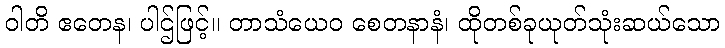
ဝါတိ ဧတေန၊ ပါဌ်ဖြင့်။ တာသံယေဝ စေတနာနံ၊ ထိုတစ်ခုယုတ်သုံးဆယ်သော